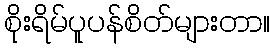
စိုးရိမ်ပူပန်စိတ်များတာ။